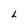
Character: L